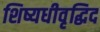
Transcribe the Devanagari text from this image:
शिष्यधीवृद्धिद